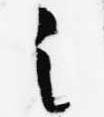
之